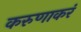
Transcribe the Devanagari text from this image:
करुणाकरं